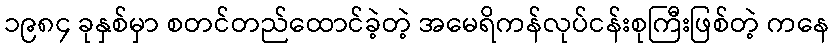
၁၉၈၄ ခုနှစ်မှာ စတင်တည်ထောင်ခဲ့တဲ့ အမေရိကန်လုပ်ငန်းစုကြီးဖြစ်တဲ့ ကနေ